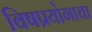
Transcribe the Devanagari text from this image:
विषप्रयोगाचा